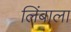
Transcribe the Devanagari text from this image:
लिंबाला